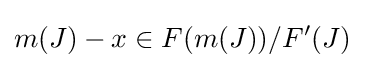
m(J)-x\in F(m(J))/F'(J)